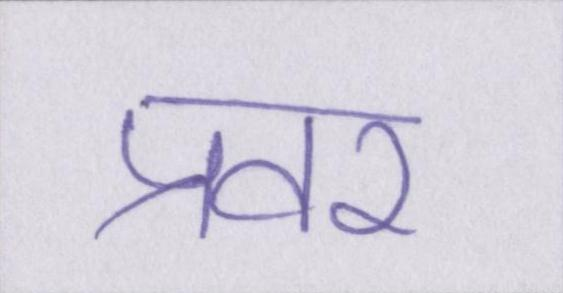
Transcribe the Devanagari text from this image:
प्रवर